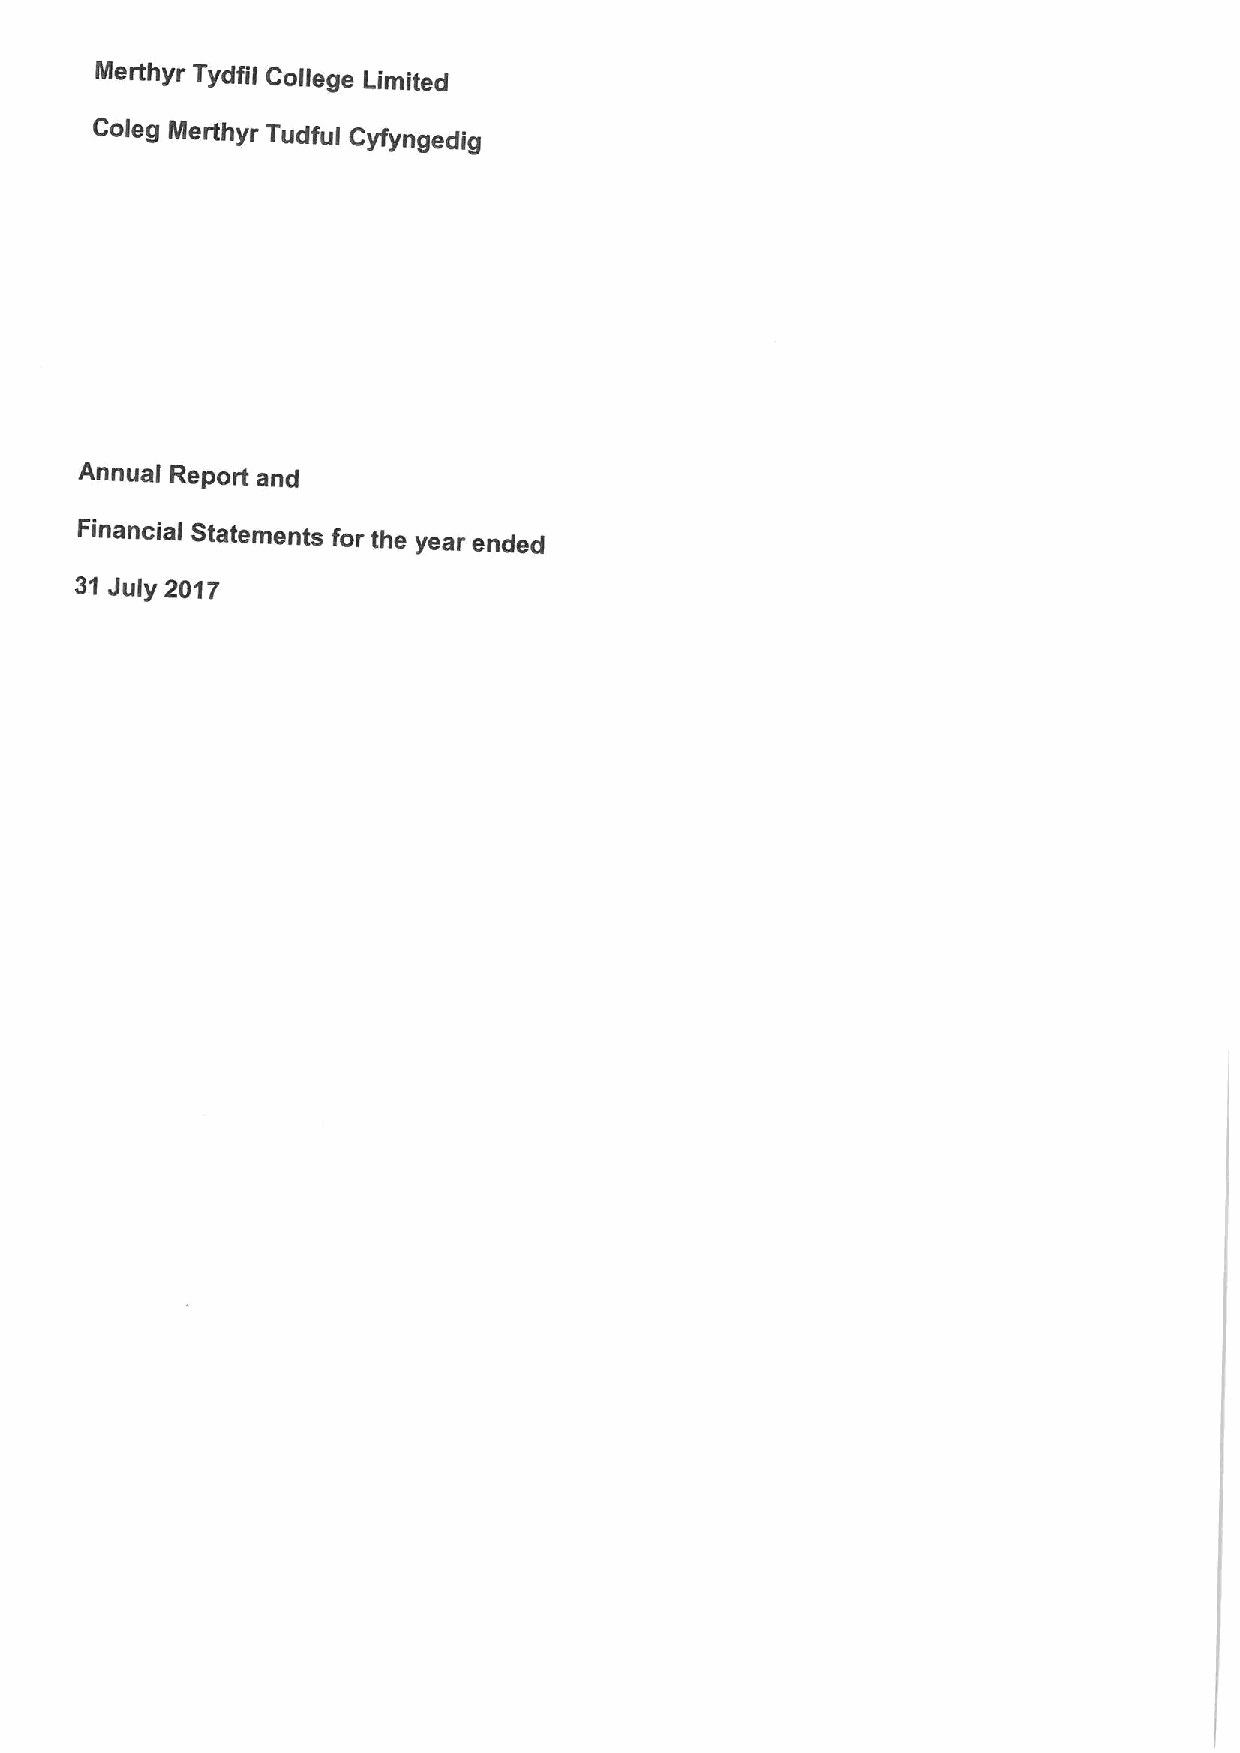
Nlerthyr Tydfil College Limited
 Coleg Merthyr Tudful Cyfyngedig
 Annual Report and
 Financial Statements for the year ended
 31 July 2017